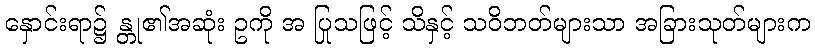
နှောင်းရာ၌ န္တု၏အဆုံး ဥကို အ ပြုသဖြင့် သိနှင့် သဝိဘတ်များသာ အခြားသုတ်များက